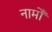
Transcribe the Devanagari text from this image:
नामोँ